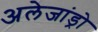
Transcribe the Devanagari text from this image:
अलेजांड्रो